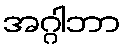
အဂ္ဂါဘာ